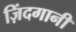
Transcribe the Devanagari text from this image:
ज़िंदगानी